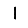
Digit: 1